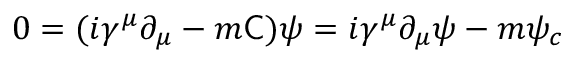
0 = ( i \gamma ^ { \mu } \partial _ { \mu } - m { \mathsf { C } } ) \psi = i \gamma ^ { \mu } \partial _ { \mu } \psi - m \psi _ { c }